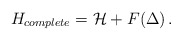
\begin{align*}H_{complete} = {\cal H} + F(\Delta) \, .\end{align*}